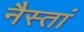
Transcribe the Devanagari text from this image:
नैस्तां